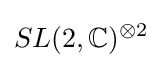
SL(2,\mathbb {C} )^{\otimes 2}